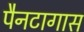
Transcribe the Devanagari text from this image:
पैनटागास